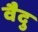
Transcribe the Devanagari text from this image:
वैदु